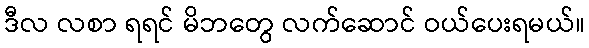
ဒီလ လစာ ရရင် မိဘတွေ လက်ဆောင် ဝယ်ပေးရမယ်။